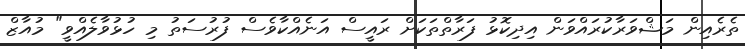
ތެރެއިން މަޝްވަރާކުރައްވަން އިދިކޮޅު ފަރާތްތަކަށް ރައީސް އަނެއްކާވެސް ފުރުސަތު މި ހުޅުވާލެއްވީ" މުއާޒް